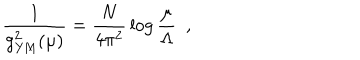
\frac { 1 } { g _ { \mathrm { Y M } } ^ { 2 } ( \mu ) } = \frac { N } { 4 \pi ^ { 2 } } \, \log \frac { \mu } { \Lambda } ~ ~ ,